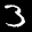
Label: 3